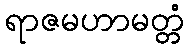
ရာဇမဟာမတ္တံ